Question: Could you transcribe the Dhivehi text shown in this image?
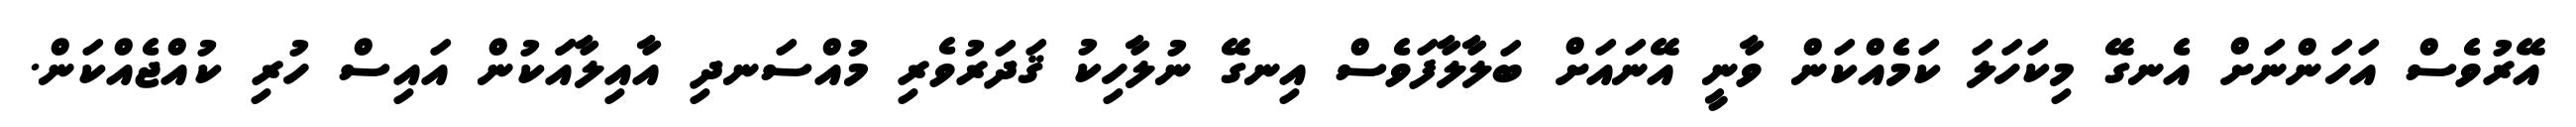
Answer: އޭރުވެސް އަހަންނަށް އެނގޭ މިކަހަލަ ކަމެއްކަން ވާނީ އޭނައަށް ބަލާލާފަވެސް އިނގޭ ނުލާހިކު ޤަދަރުވެރި މުއްސަނދި އާއިލާއަަކުން އައިސް ހުރި ކުއްޖެއްކަން.